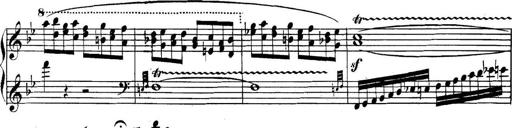
Title: Collected Piano Sonatas
Composer: Muzio Clementi